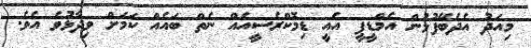
މިއަދު އެދެބޭފުޅުން އެމްޑީޕީ އެއީ ޑިމޮކްރެސީއެއް ނެތް ބައެއް ކަމަށް ވިދާޅުވެ އެވެ.